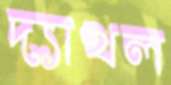
দ্যাখল